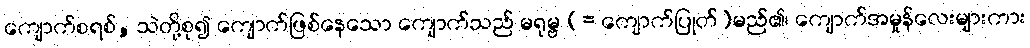
ကျောက်စရစ်, သဲတို့စု၍ ကျောက်ဖြစ်နေသော ကျောက်သည် မရုမ္ဗ (= ကျောက်ပြုတ်)မည်၏၊ ကျောက်အမှုန်လေးများကား